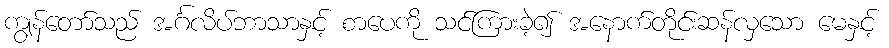
ကျွန်တော်သည် အင်္ဂလိပ်ဘာသာနှင့် စာပေကို သင်ကြားခဲ့၍ အနောက်တိုင်းဆန်လှသော မေနှင့်